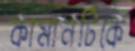
কামানটিকে